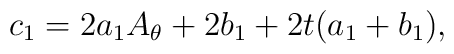
c_{1}=2a_{1}A_{\theta}+2b_{1}+2t(a_{1}+b_{1}),